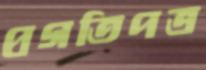
প্রগতিপত্র